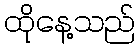
ထိုနေ့သည်